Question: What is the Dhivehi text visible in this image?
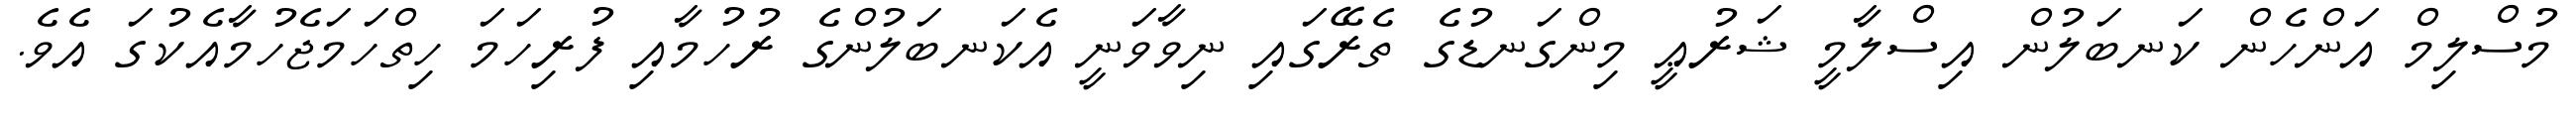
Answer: މުސްލިމް އަންހެން ކަނބަލުން އިސްލާމީ ޝަރުޢީ މިންގަނޑުގެ ތެރޭގައި ނިވާވަނީ އެކަނބަލުންގެ ރުހުމާއި ފުރިހަމަ ހިތްހަމަޖެހުމާއެކުގަ އެވެ.